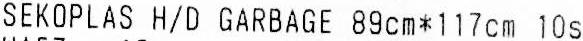
SEKOPLAS H/D GARBAGE 89CM*117CM 10S